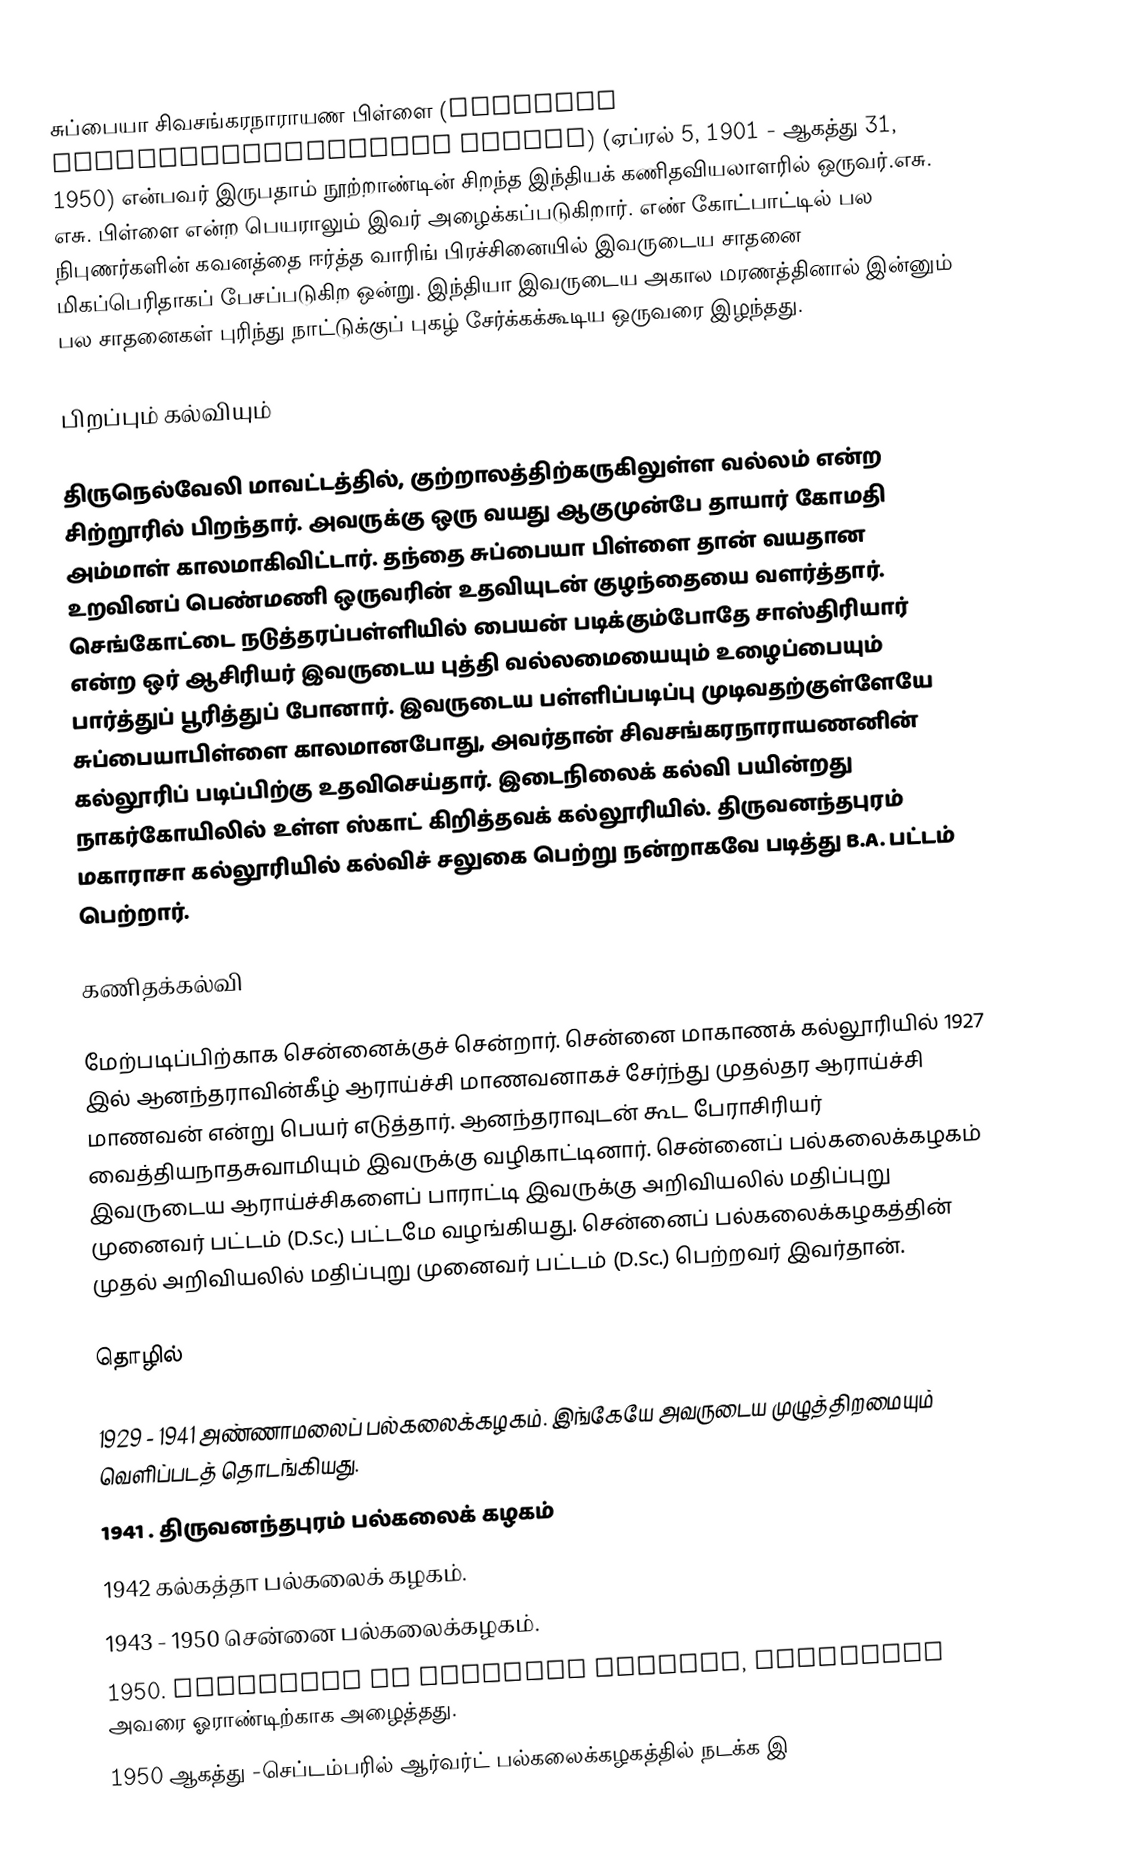
சுப்பையா சிவசங்கரநாராயண பிள்ளை (Subbayya Sivasankaranarayana Pillai)  (ஏப்ரல் 5, 1901 - ஆகத்து 31, 1950) என்பவர் இருபதாம் நூற்றாண்டின் சிறந்த இந்தியக் கணிதவியலாளரில் ஒருவர்.எசு. எசு. பிள்ளை என்ற பெயராலும் இவர் அழைக்கப்படுகிறார். எண் கோட்பாட்டில் பல நிபுணர்களின் கவனத்தை ஈர்த்த வாரிங் பிரச்சினையில்  இவருடைய சாதனை மிகப்பெரிதாகப் பேசப்படுகிற ஒன்று.  இந்தியா இவருடைய அகால மரணத்தினால்  இன்னும் பல சாதனைகள் புரிந்து நாட்டுக்குப் புகழ் சேர்க்கக்கூடிய ஒருவரை இழந்தது.

பிறப்பும் கல்வியும்

திருநெல்வேலி மாவட்டத்தில், குற்றாலத்திற்கருகிலுள்ள வல்லம் என்ற சிற்றூரில் பிறந்தார். அவருக்கு ஒரு வயது ஆகுமுன்பே தாயார் கோமதி அம்மாள் காலமாகிவிட்டார். தந்தை சுப்பையா பிள்ளை தான்  வயதான உறவினப் பெண்மணி ஒருவரின் உதவியுடன் குழந்தையை வளர்த்தார். செங்கோட்டை நடுத்தரப்பள்ளியில் பையன் படிக்கும்போதே சாஸ்திரியார் என்ற ஒர் ஆசிரியர் இவருடைய புத்தி வல்லமையையும் உழைப்பையும் பார்த்துப் பூரித்துப் போனார். இவருடைய பள்ளிப்படிப்பு முடிவதற்குள்ளேயே சுப்பையாபிள்ளை காலமானபோது, அவர்தான் சிவசங்கரநாராயணனின் கல்லூரிப் படிப்பிற்கு உதவிசெய்தார். இடைநிலைக் கல்வி பயின்றது நாகர்கோயிலில் உள்ள ஸ்காட் கிறித்தவக் கல்லூரியில்.  திருவனந்தபுரம் மகாராசா கல்லூரியில் கல்விச் சலுகை பெற்று நன்றாகவே படித்து B.A. பட்டம் பெற்றார்.

கணிதக்கல்வி

மேற்படிப்பிற்காக சென்னைக்குச் சென்றார். சென்னை மாகாணக் கல்லூரியில் 1927 இல் ஆனந்தராவின்கீழ் ஆராய்ச்சி மாணவனாகச் சேர்ந்து முதல்தர ஆராய்ச்சி மாணவன் என்று பெயர் எடுத்தார். ஆனந்தராவுடன் கூட பேராசிரியர் வைத்தியநாதசுவாமியும் இவருக்கு வழிகாட்டினார். சென்னைப் பல்கலைக்கழகம் இவருடைய ஆராய்ச்சிகளைப் பாராட்டி இவருக்கு அறிவியலில் மதிப்புறு முனைவர் பட்டம் (D.Sc.) பட்டமே வழங்கியது.  சென்னைப் பல்கலைக்கழகத்தின் முதல் அறிவியலில் மதிப்புறு முனைவர் பட்டம் (D.Sc.) பெற்றவர் இவர்தான்.

தொழில்

1929 - 1941 அண்ணாமலைப் பல்கலைக்கழகம்.   இங்கேயே அவருடைய முழுத்திறமையும் வெளிப்படத் தொடங்கியது.
1941 . திருவனந்தபுரம் பல்கலைக் கழகம்
1942  கல்கத்தா பல்கலைக் கழகம்.
1943 - 1950 சென்னை பல்கலைக்கழகம்.
1950. Institute of Advanced Studies, Princeton  அவரை ஓராண்டிற்காக அழைத்தது.
1950 ஆகத்து -செப்டம்பரில் ஆர்வர்ட் பல்கலைக்கழகத்தில் நடக்க இ